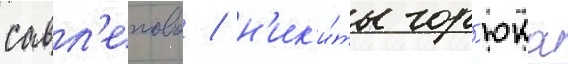
савл'епова / н'ик'и́ты гор'юка